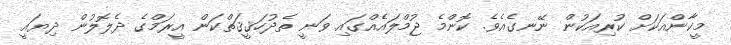
މީކާންއަކަށް ކުރިއަކުން ނޭނގެއެވެ. ކޮންމެ ޖުމްލައެއްގައި ވަނީ ތެދުހަޤީޤަތްކަން އީރަމްގެ ދެލޮލުން ދިޔައީ